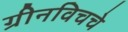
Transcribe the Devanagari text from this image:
ग्रीनविचचे